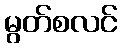
မွတ်စလင်